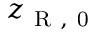
z _ { \mathrm { ~ R ~ , ~ 0 ~ } }